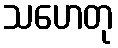
သဟေတု